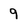
Character: 9